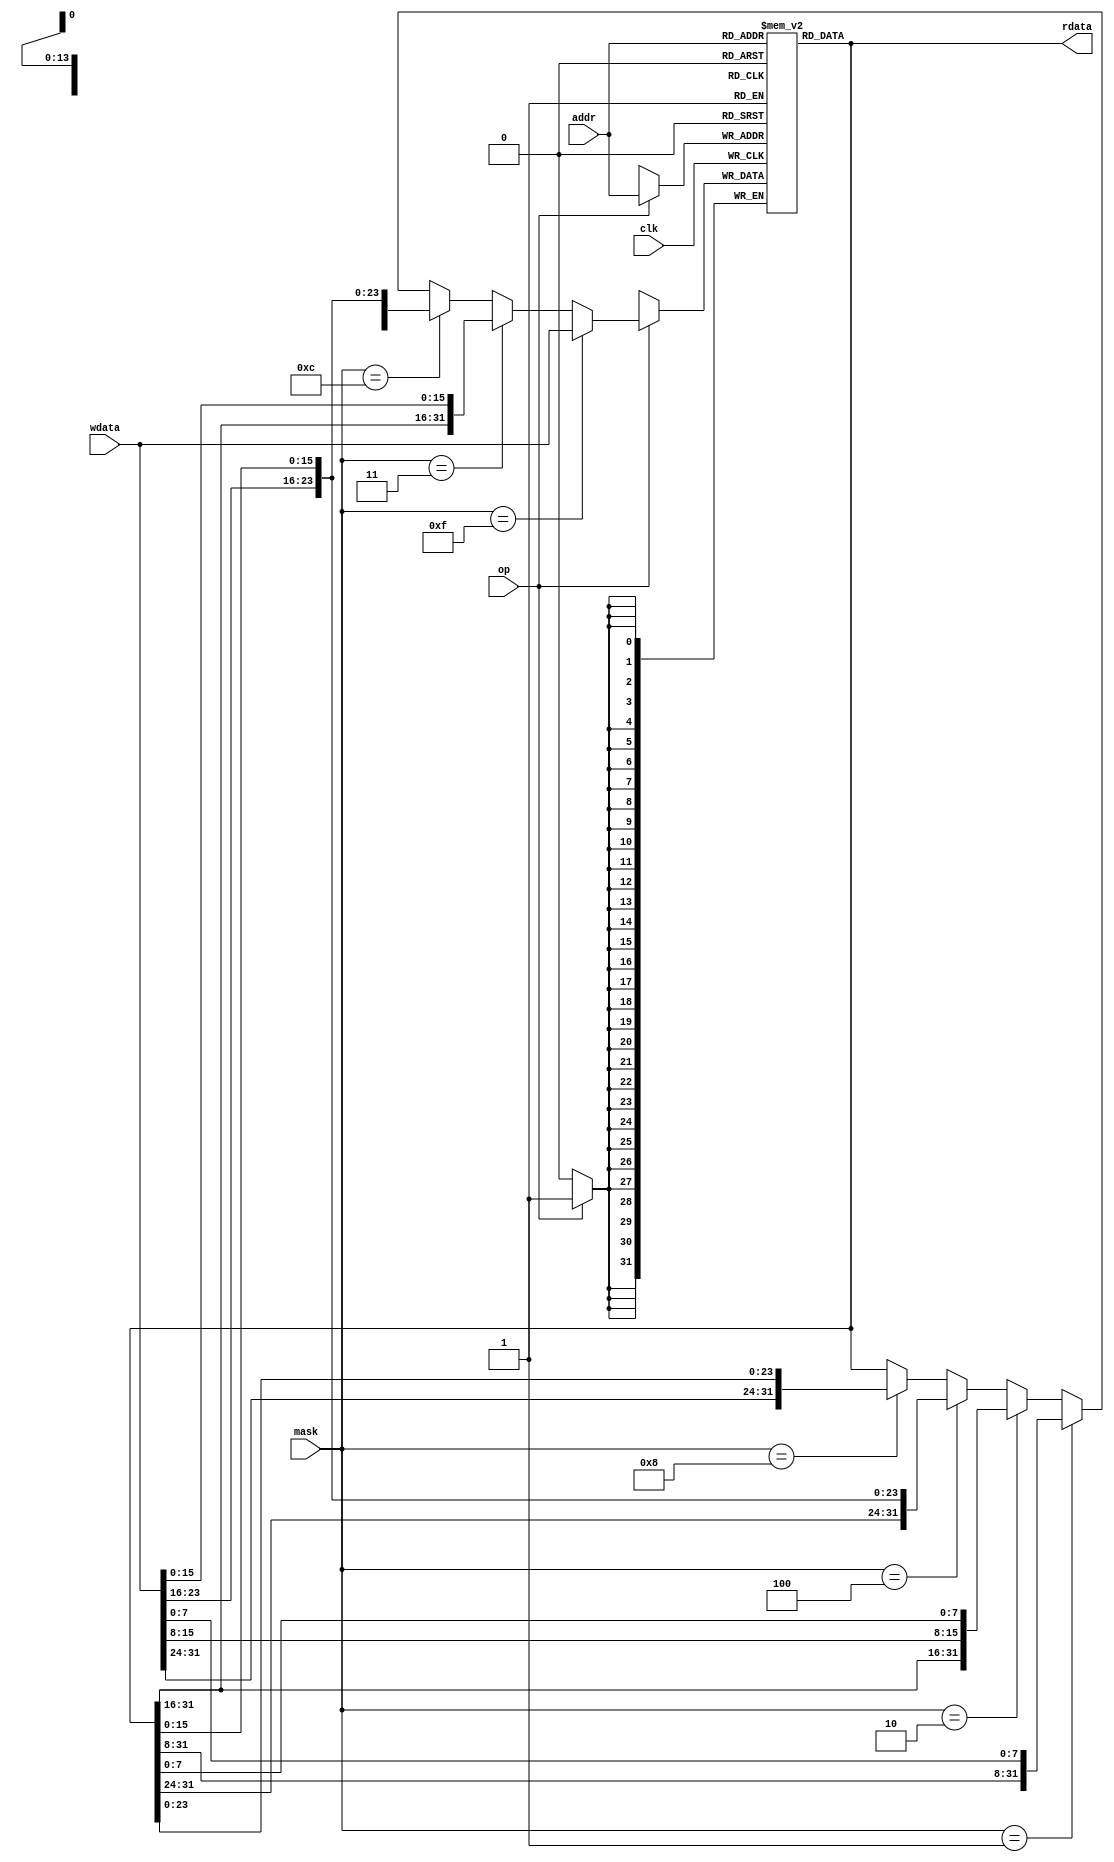
module RAM_Simple #(
  parameter DEPTH = 16384
)(
   input clk,

   input  [13:0]  addr,
   input          op,
   input  [3:0]   mask,
   input  [31:0]  wdata,
   output [31:0]  rdata
);
  // See page 133 of the Vivado Synthesis Guide for the template
  // https://www.xilinx.com/support/documentation/sw_manuals/xilinx2016_4/ug901-vivado-synthesis.pdf

  reg [31:0] mem [DEPTH-1:0];

  assign rdata = mem[addr];

  always @(posedge clk) begin  
    if (op == 'b1) begin
      mem[addr] <= (
        (mask == 'b1111) ? wdata :
        (mask == 'b0011) ? {mem[addr][31:16], wdata[15:0]} :
        (mask == 'b1100) ? {wdata[31:16], mem[addr][15:0]} :
        (mask == 'b0001) ? {mem[addr][31:8], wdata[7:0]} :
        (mask == 'b0010) ? {mem[addr][31:16], wdata[15:8], mem[addr][7:0]} :
        (mask == 'b0100) ? {mem[addr][31:24], wdata[23:16], mem[addr][15:0]} :
        (mask == 'b1000) ? {wdata[31:24], mem[addr][23:0]} :
        mem[addr]
      );
    end
  end
endmodule